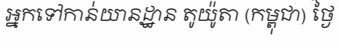
អ្នកទៅកាន់យានដ្ឋាន តូយ៉ូតា (កម្ពុជា) ថ្ងៃ